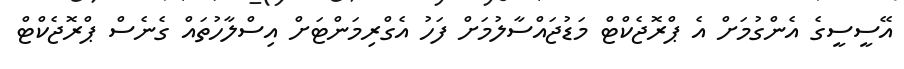
އޭސީސީގެ އެންގުމަށް އެ ޕްރޮޖެކްޓް މަޑުޖައްސާލުމަށް ފަހު އެގްރިމަންޓަށް އިސްލާހުތައް ގެނެސް ޕްރޮޖެކްޓް